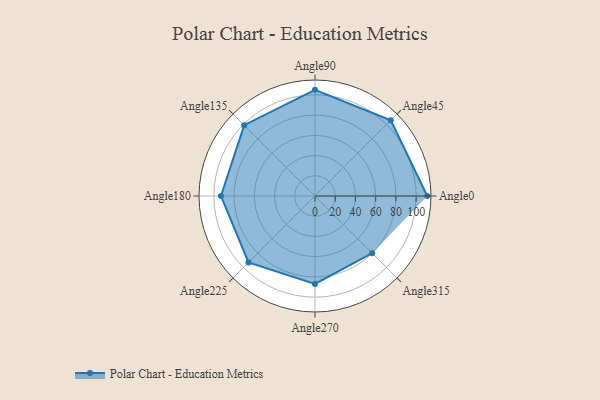
{"axis": {"x": "Angle", "y": "Radius"}, "legend": [""], "data": [{"x": "Angle0", "y": 111.0, "type": ""}, {"x": "Angle45", "y": 106.0, "type": ""}, {"x": "Angle90", "y": 105.0, "type": ""}, {"x": "Angle135", "y": 99.0, "type": ""}, {"x": "Angle180", "y": 93.0, "type": ""}, {"x": "Angle225", "y": 93.0, "type": ""}, {"x": "Angle270", "y": 87.0, "type": ""}, {"x": "Angle315", "y": 80.0, "type": ""}]}